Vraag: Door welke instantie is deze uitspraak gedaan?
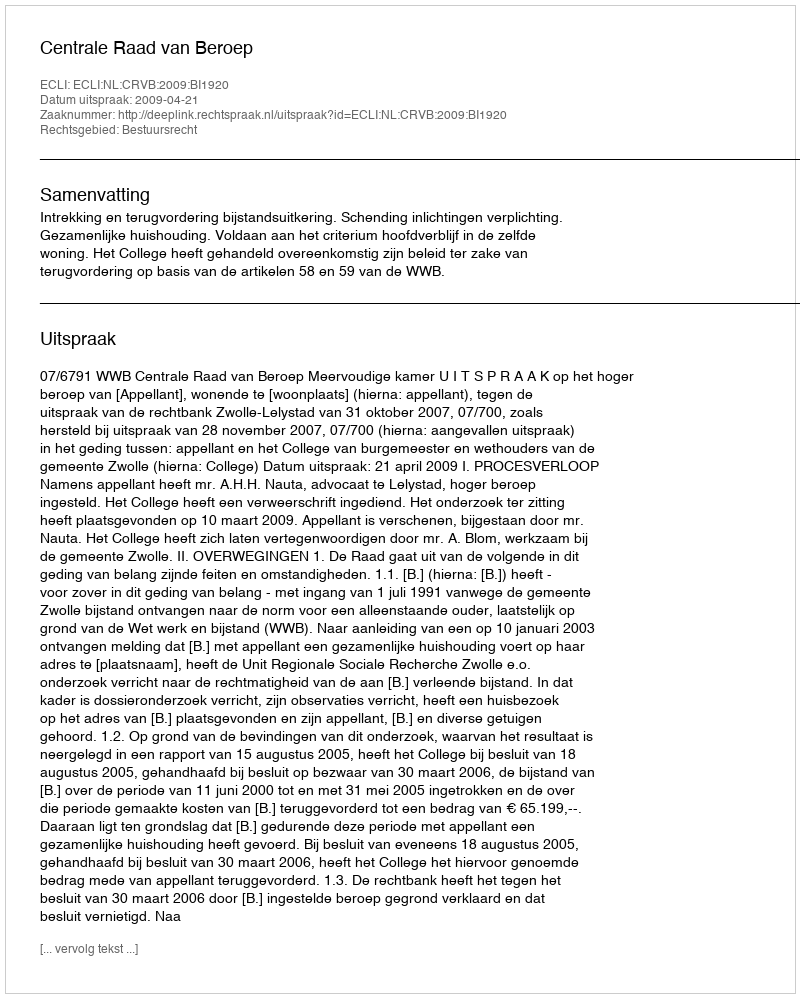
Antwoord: Centrale Raad van Beroep